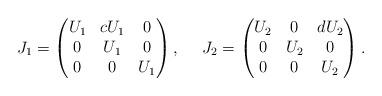
LaTeX: \begin{align*}J_1=\begin{pmatrix}U_1 & c U_1& 0\\ 0 & U_1 & 0\\ 0 & 0 & U_1\end{pmatrix},\ \ \ \ J_2=\begin{pmatrix}U_2 & 0&d U_2\\0 & U_2 & 0\\ 0 & 0 & U_2\end{pmatrix}.\end{align*}